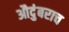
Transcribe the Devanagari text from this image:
औदुंबराच